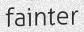
fainter